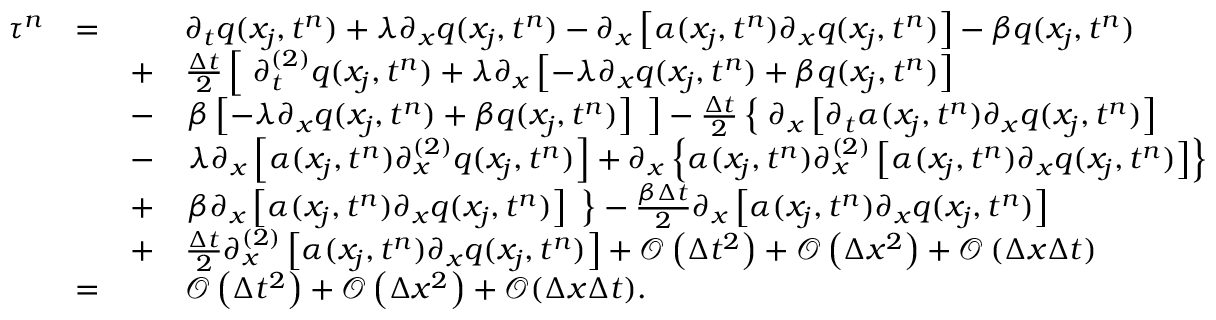
\begin{array} { r l r l } { \tau ^ { n } } & { = } & & { \partial _ { t } q ( x _ { j } , t ^ { n } ) + \lambda \partial _ { x } q ( x _ { j } , t ^ { n } ) - \partial _ { x } \left[ \alpha ( x _ { j } , t ^ { n } ) \partial _ { x } q ( x _ { j } , t ^ { n } ) \right] - \beta q ( x _ { j } , t ^ { n } ) } \\ & { } & { + } & { \frac { \Delta t } { 2 } \left[ \phantom { \frac { b } { b } } \! \! \! \partial _ { t } ^ { ( 2 ) } q ( x _ { j } , t ^ { n } ) + \lambda \partial _ { x } \left[ - \lambda \partial _ { x } q ( x _ { j } , t ^ { n } ) + \beta q ( x _ { j } , t ^ { n } ) \right] \right. } \\ & { } & { - } & { \left. \beta \left[ - \lambda \partial _ { x } q ( x _ { j } , t ^ { n } ) + \beta q ( x _ { j } , t ^ { n } ) \right] \phantom { \frac { b } { b } } \! \! \! \right] - \frac { \Delta t } { 2 } \left\lbrace \phantom { \frac { b } { b } } \! \! \! \partial _ { x } \left[ \partial _ { t } \alpha ( x _ { j } , t ^ { n } ) \partial _ { x } q ( x _ { j } , t ^ { n } ) \right] \right. } \\ & { } & { - } & { \left. \lambda \partial _ { x } \left[ \alpha ( x _ { j } , t ^ { n } ) \partial _ { x } ^ { ( 2 ) } q ( x _ { j } , t ^ { n } ) \right] + \partial _ { x } \left\lbrace \alpha ( x _ { j } , t ^ { n } ) \partial _ { x } ^ { ( 2 ) } \left[ \alpha ( x _ { j } , t ^ { n } ) \partial _ { x } q ( x _ { j } , t ^ { n } ) \right] \right\rbrace \right. } \\ & { } & { + } & { \left. \beta \partial _ { x } \left[ \alpha ( x _ { j } , t ^ { n } ) \partial _ { x } q ( x _ { j } , t ^ { n } ) \right] \phantom { \frac { b } { b } } \! \! \! \right\rbrace - \frac { \beta \Delta t } { 2 } \partial _ { x } \left[ \alpha ( x _ { j } , t ^ { n } ) \partial _ { x } q ( x _ { j } , t ^ { n } ) \right] } \\ & { } & { + } & { \frac { \Delta t } { 2 } \partial _ { x } ^ { ( 2 ) } \left[ \alpha ( x _ { j } , t ^ { n } ) \partial _ { x } q ( x _ { j } , t ^ { n } ) \right] + \mathcal { O } \left( \Delta t ^ { 2 } \right) + \mathcal { O } \left( \Delta x ^ { 2 } \right) + \mathcal { O } \left( \Delta x \Delta t \right) } \\ & { = } & & { \mathcal { O } \left( \Delta t ^ { 2 } \right) + \mathcal { O } \left( \Delta x ^ { 2 } \right) + \mathcal { O } ( \Delta x \Delta t ) . } \end{array}